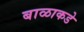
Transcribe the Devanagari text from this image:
बाळाकडे